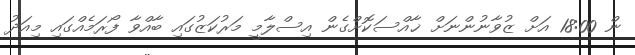
ން 18:00 އަށް ޒުވާނުންނަށް ޚާއްސަކޮށްގެން އިސްލާމީ މަރުކަޒުގައި ބާއްވާ ފޯރަމެއްގައި މިއަދު